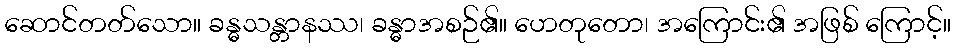
ဆောင်တတ်သော။ ခန္ဓသန္တာနဿ၊ ခန္ဓာအစဉ်၏။ ဟေတုတော၊ အကြောင်း၏ အဖြစ် ကြောင့်။